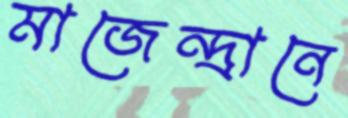
মাজেন্দ্রানে